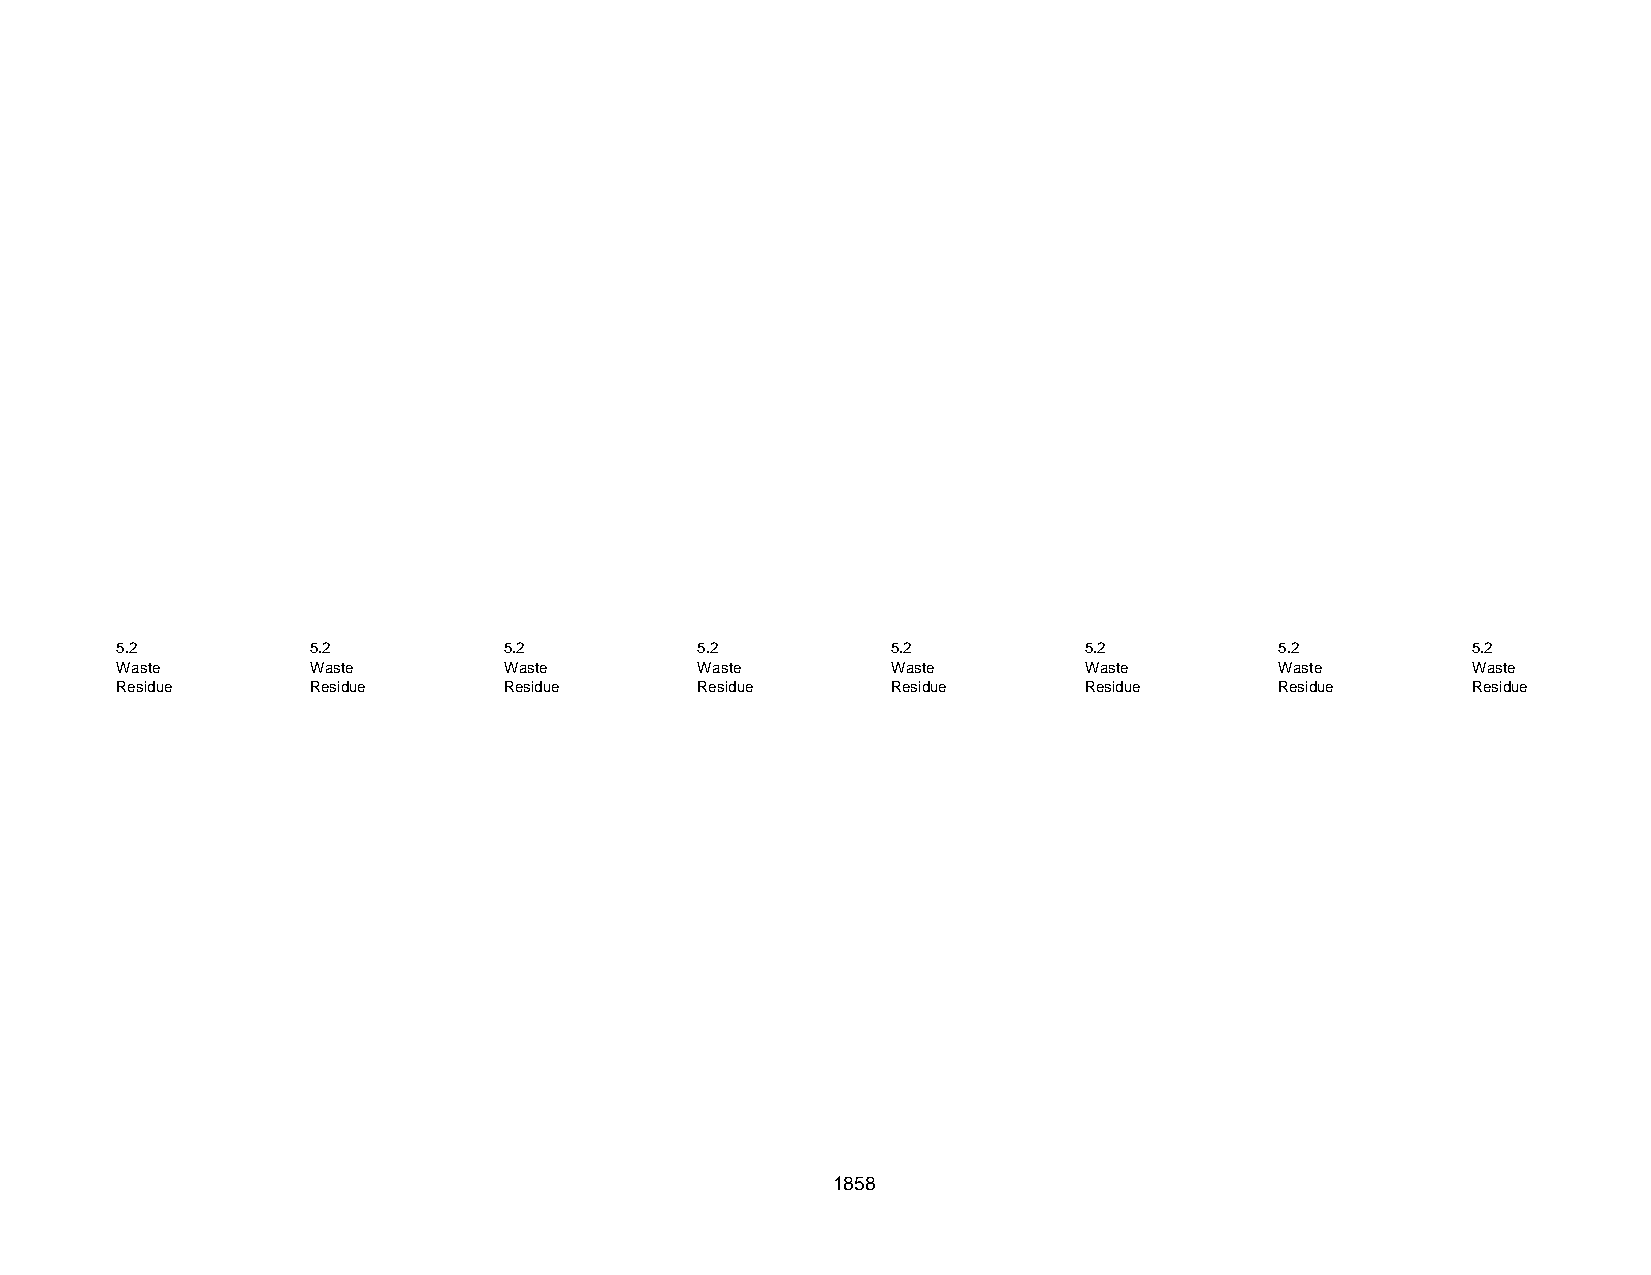
5.2          5.2         5.2          5.2          5.2          5.2          5.2         5.2
 Waste        Waste       Waste        Waste        Waste        Waste        Waste       Waste
 Residue      Residue     Residue      Residue      Residue      Residue      Residue     Residue
 1858